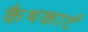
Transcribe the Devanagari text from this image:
कैथकार्ट